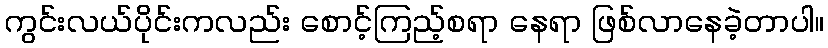
ကွင်းလယ်ပိုင်းကလည်း စောင့်ကြည့်စရာ နေရာ ဖြစ်လာနေခဲ့တာပါ။